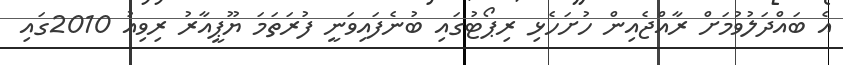
އެ ބައްދަލުވުމަށް ރާއްޖެއިން ހުށަހެޅި ރިޕޯޓުގައި ބުނެފައިވަނީ ފުރަތަމަ ޔޫޕީއާރު ރިވިއު 2010ގައި